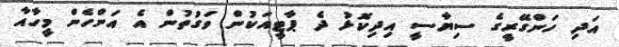
އަދި ހަންގޭރީގެ ސިޔާސީ އިދިކޮޅު ދެ ޕާޓީއަކުން ވަގުތުން އެ އަންހެން މީހާއާ